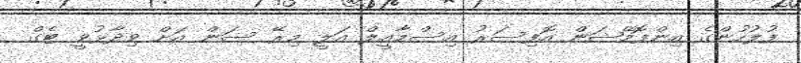
ފުލުހުންގެ އިންފޮމޭޝަން އޮފިސަރު އިސްމާއީލް އަލީ މިރޭ ސަން އަށް ވިދާޅުވީ ޓެގް